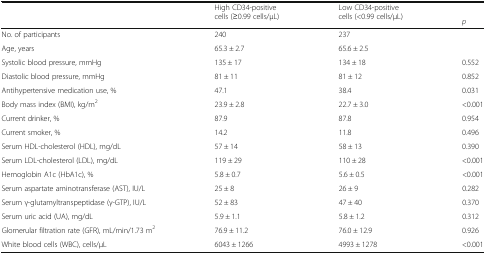
| <ROWSPAN=2>  | <ROWSPAN=2> High CD34-positive cells (≥0.99 cells/μL) | <ROWSPAN=2> Low CD34-positive cells (<0.99 cells/μL) |  |
 | p |
 | --- | --- | --- | --- |
 | No. of participants | 240 | 237 |  |
 | Age, years | 65.3 ± 2.7 | 65.6 ± 2.5 |  |
 | Systolic blood pressure, mmHg | 135 ± 17 | 134 ± 18 | 0.552 |
 | Diastolic blood pressure, mmHg | 81 ± 11 | 81 ± 12 | 0.852 |
 | Antihypertensive medication use, % | 47.1 | 38.4 | 0.031 |
 | Body mass index (BMI), kg/m2 | 23.9 ± 2.8 | 22.7 ± 3.0 | <0.001 |
 | Current drinker, % | 87.9 | 87.8 | 0.954 |
 | Current smoker, % | 14.2 | 11.8 | 0.496 |
 | Serum HDL-cholesterol (HDL), mg/dL | 57 ± 14 | 58 ± 13 | 0.390 |
 | Serum LDL-cholesterol (LDL), mg/dL | 119 ± 29 | 110 ± 28 | <0.001 |
 | Hemoglobin A1c (HbA1c), % | 5.8 ± 0.7 | 5.6 ± 0.5 | <0.001 |
 | Serum aspartate aminotransferase (AST), IU/L | 25 ± 8 | 26 ± 9 | 0.282 |
 | Serum γ-glutamyltranspeptidase (γ-GTP), IU/L | 52 ± 83 | 47 ± 40 | 0.370 |
 | Serum uric acid (UA), mg/dL | 5.9 ± 1.1 | 5.8 ± 1.2 | 0.312 |
 | Glomerular filtration rate (GFR), mL/min/1.73 m2 | 76.9 ± 11.2 | 76.0 ± 12.9 | 0.926 |
 | White blood cells (WBC), cells/μL | 6043 ± 1266 | 4993 ± 1278 | <0.001 |